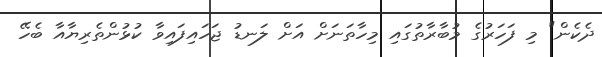
ދެކެން" މި ފަހަރުގެ މުބާރާތުގައި މިހާތަނަށް އަށް ލަނޑު ޖަހައިފައިވާ ކުޅުންތެރިޔާއާ ބެހޭ